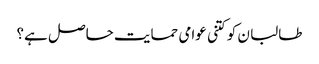
طالبا ن کو کتنی عوامی حمایت حاصل ہے؟